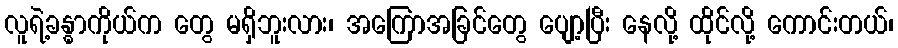
လူရဲ့ခန္ဓာကိုယ်က တွေ မရှိဘူးလား၊ အကြောအခြင်တွေ ပျော့ပြီး နေလို့ ထိုင်လို့ ကောင်းတယ်၊